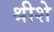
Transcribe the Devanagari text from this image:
श्रीशे